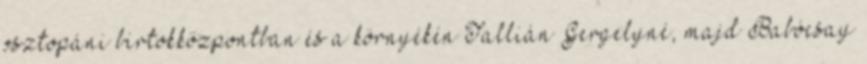
osztopáni birtokközpontban és a környékén Tallián Gergelyné, majd Babócsay